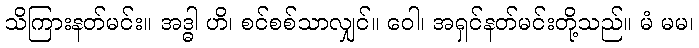
သိကြားနတ်မင်း။ အဒ္ဓါ ဟိ၊ စင်စစ်သာလျှင်။ ဝေါ၊ အရှင်နတ်မင်းတို့သည်။ မံ မမ၊